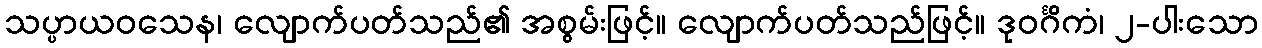
သပ္ပာယဝသေန၊ လျောက်ပတ်သည်၏ အစွမ်းဖြင့်။ လျောက်ပတ်သည်ဖြင့်။ ဒုဝင်္ဂိကံ၊ ၂-ပါးသော